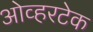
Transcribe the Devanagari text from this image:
ओव्हरटेक